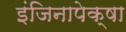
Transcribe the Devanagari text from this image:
इंजिनापेक्षा